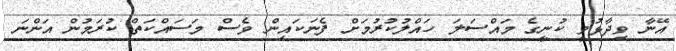
އޭނާ ވިދާޅުވީ ކުނީގެ މައްސަލަ ހައްލުކުރުމަށް ފެނަކައިން ވެސް މަސައްކަތް ކުރަމުން އަންނަ